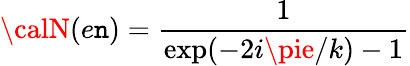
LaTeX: {\calN}(e\mathtt{n})=\frac{{1}}{{\mathrm{{exp}}(-2i\pie/k)-1}}